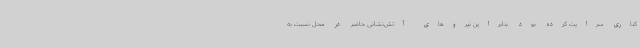
کناری سرایت کرده بود بنابراین نیروهای آتش‌نشانی حاضر در محل نسبت به